Indian journal of veterinary science and animal husbandry - Volume 13,
Year: 1943
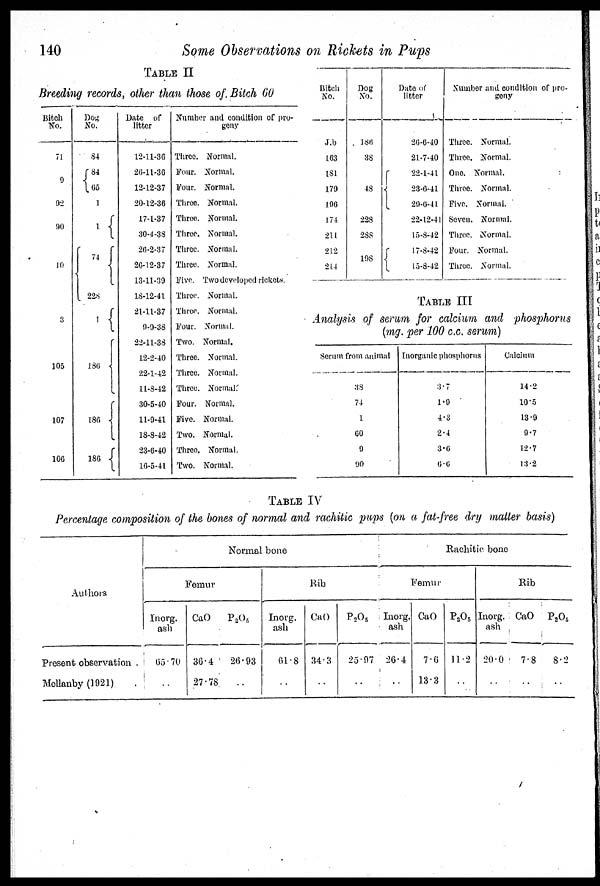
140
Some Observations on Rickets in Pups
TABLE II
Breeding records, other than those of Bitch 60
Bitch
No.
71
9
92
90
10
3
105
107
106
Dog
No.
84
{84
65
1
1 {
74
{
228
{
1 {
186 {
186 {
186 {
Date of
litter
12-11-36
26-11-36
12-12-37
20-12-36
17-1-37
30-4-38
26-2-37
26-12-37
13-11-39
18-12-41
21-11-37
9-9-38
22-11-38
12-2-40
22-1-42
11-8-42
30-5-40
11-9-41
18-8-42
23-6-40
16-5-41
Number and condition of pro-
geny
Three.
Four.
Four.
Three.
Three.
Three.
Three.
Three.
Five.
Three.
Three.
Four.
Two.
Three.
Three.
Three.
Four.
Five.
Two.
Three.
Two.
Normal.
Normal.
Normal.
Normal.
Normal.
Normal.
Normal.
Normal.
Two developed rickets.
Normal.
Normal.
Normal.
Normal.
Normal.
Normal.
Normal.
Normal.
Normal.
Normal.
Normal.
Normal.
Bitch
No.
J.b
163
181
179
196
174
211
212
214
Dog
No.
186
38
48
228
288
198
Date of
litter
26-6-40
21-7-40
{22-1-41
23-6-41
29-6-41
22-12-41
15-8-42
{17-8-42
15-8-42
Number and condition of pro-
geny
Three.
Three.
One.
Three.
Five.
Seven.
Three.
Four.
Three.
Normal.
Normal.
Normal.
Normal.
Normal.
Normal.
Normal.
Normal.
Normal.
TABLE III
Analysis of serum for calcium and phosphorus
(mg. per 100 c.c. serum)
Serum from animal
38
74
1
60
9
90
Inorganic phosphorus
3.7
1.9
4.3
2.4
3.6
6.6
Calcium
14.2
10.5
13.9
9.7
12.7
13.2
TABLE IV
Percentage composition of the bones of normal and rachitic pups (on a fat-free dry matter basis)
Authors
Present observation .
Mollanby (1921) .
Normal bone
Femur
Inorg.
ash
65.70
..
CaO
36.4
27.78
P 2 O 5
26.93
..
Rib
Inorg.
ash
61.8
..
CaO
34.3
..
P 2 O 5
25.97
..
Rachitic bone
Femur
Inorg.
ash
26.4
..
CaO
7.6
13.3
P 2 O 5
11.2
..
Rib
Inorg.
ash
20.0
..
CaO
7.8
..
P 2 O 5
8.2
..